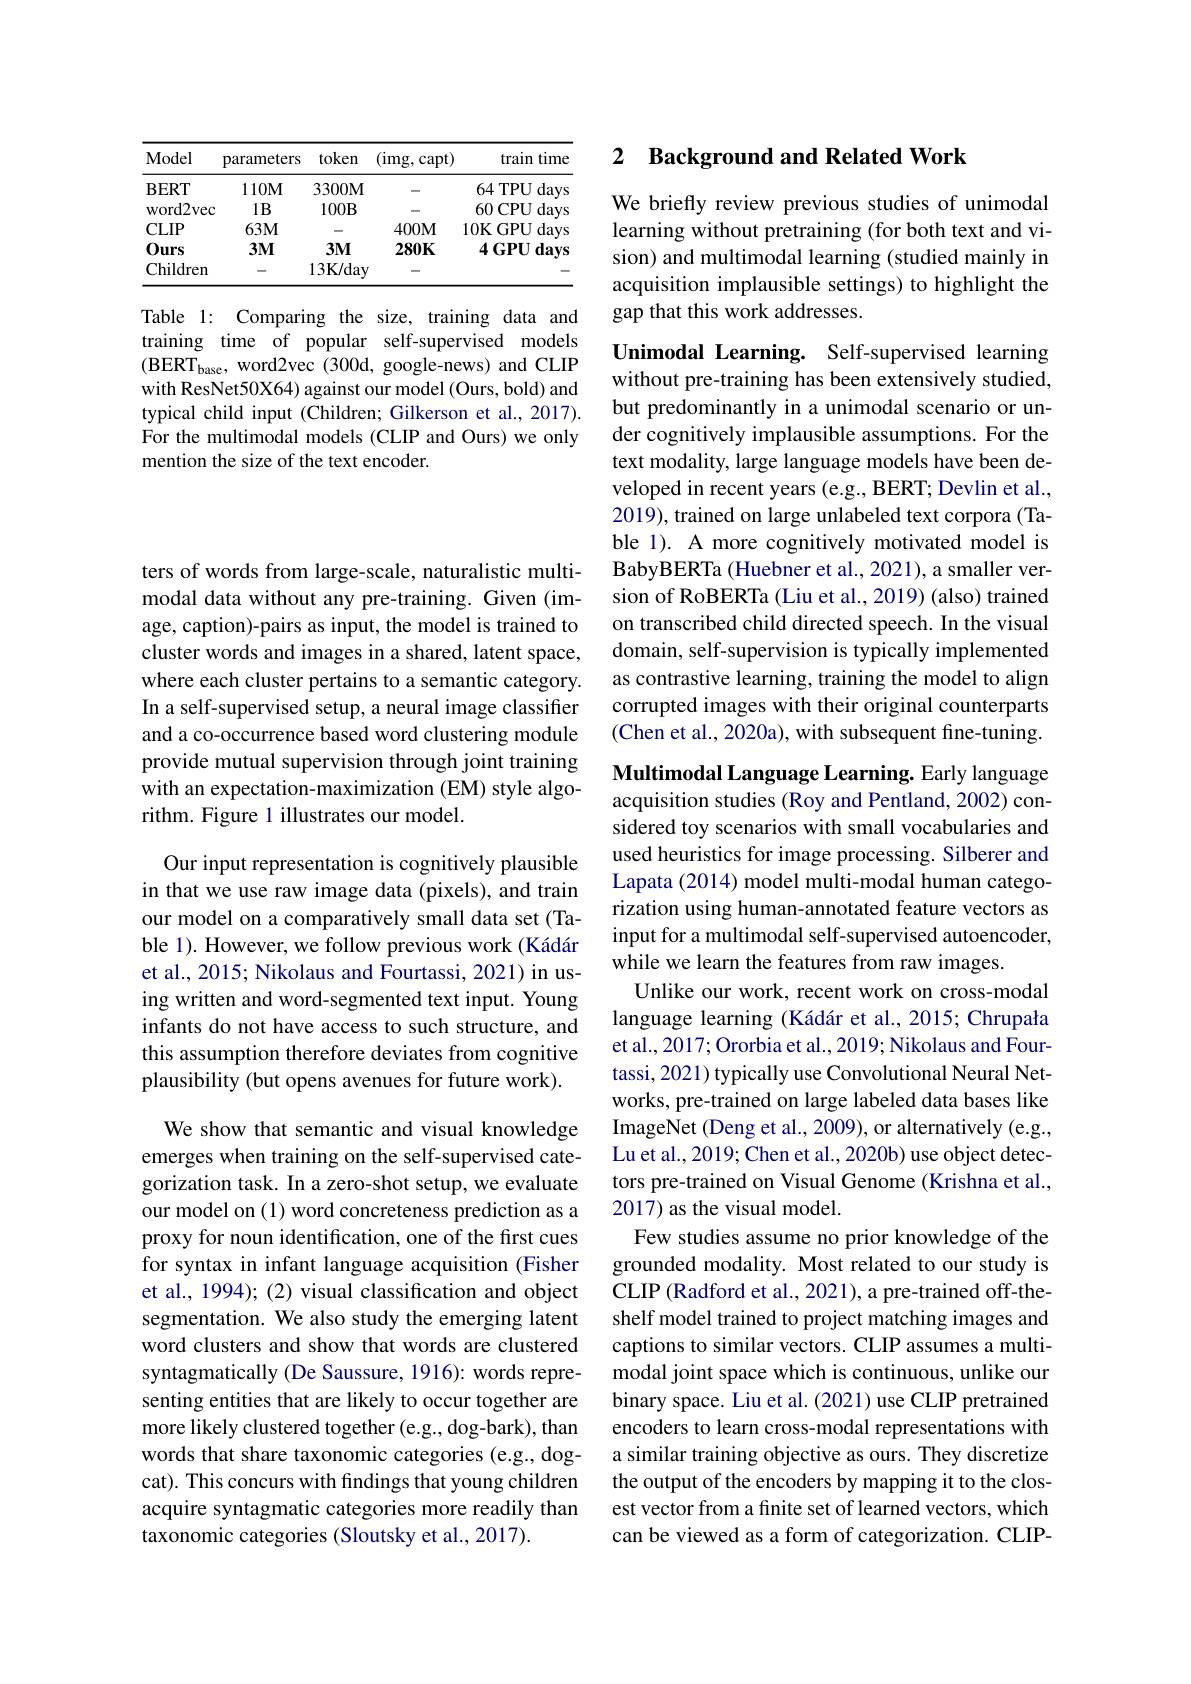
<table>
	<tbody>
		<tr>
			<th>Model</th>
			<th>parameters</th>
			<th>token</th>
			<th>(img, capt)</th>
			<th>train time</th>
		</tr>
		<tr>
			<td>$\mathbf{BERT}$</td>
			<td>$110M$</td>
			<td>3300M</td>
			<td>-</td>
			<td>64TPU 64 days</td>
		</tr>
		<tr>
			<td>word2vec</td>
			<td>$1B$</td>
			<td>$100B$</td>
			<td> </td>
			<td>60CPU days</td>
		</tr>
		<tr>
			<td>$CLIP$</td>
			<td>$63M$</td>
			<td>-</td>
			<td>$400M$</td>
			<td>10K $GPU$ days</td>
		</tr>
		<tr>
			<td>$0urs$</td>
			<td>$3M$</td>
			<td>$3M$</td>
			<td>$280K$</td>
			<td>$4GPU$ days</td>
		</tr>
		<tr>
			<td>Children</td>
			<td> </td>
			<td>$13\mathbf{K}/$day</td>
			<td> </td>
			<td> </td>
		</tr>
	</tbody>
</table>

Table 1: Comparing the size, training data and training time of popular self-supervised models $(\mathrm{BERT}_{\mathrm{base}}$,word2vec(300d, google-news)and CLIP with ResNet50X64) against our model (Ours, bold) and typical child input (Children; Gilkerson et al., 2017). For the multimodal models (CLIP and Ours) we only mention the size of the text encoder.

ters of words from large-scale, naturalistic multimodal data without any pre-training. Given (image, caption)-pairs as input, the model is trained to cluster words and images in a shared, latent space, where each cluster pertains to a semantic category. In a self-supervised setup, a neural image classifier and a co-occurrence based word clustering module provide mutual supervision through joint training with an expectation-maximization (EM) style algorithm. Figure 1 illustrates our model.

Our input representation is cognitively plausible in that we use raw image data (pixels), and train our model on a comparatively small data set (Table 1). However, we follow previous work (Kádár et al., 2015; Nikolaus and Fourtassi, 2021) in using written and word-segmented text input. Young infants do not have access to such structure, and this assumption therefore deviates from cognitive plausibility (but opens avenues for future work).

We show that semantic and visual knowledge emerges when training on the self-supervised categorization task. In a zero-shot setup, we evaluate our model on (1) word concreteness prediction as a proxy for noun identification, one of the first cues for syntax in infant language acquisition (Fisher et al., 1994); (2) visual classification and object segmentation. We also study the emerging latent word clusters and show that words are clustered syntagmatically (De Saussure, 1916): words representing entities that are likely to occur together are more likely clustered together (e.g., dog-bark), than words that share taxonomic categories (e.g., dogcat). This concurs with findings that young children acquire syntagmatic categories more readily than taxonomic categories (Sloutsky et al., 2017).

### 2 Background and Related Work

We briefly review previous studies of unimodal learning without pretraining (for both text and vision) and multimodal learning (studied mainly in acquisition implausible settings) to highlight the gap that this work addresses.

Unimodal Learning. Self-supervised learning without pre-training has been extensively studied, but predominantly in a unimodal scenario or under cognitively implausible assumptions. For the text modality, large language models have been developed in recent years (e.g., BERT; Devlin et al., 2019), trained on large unlabeled text corpora (Table 1). A more cognitively motivated model is BabyBERTa (Huebner et al., 2021), a smaller version of RoBERTa (Liu et al., 2019) (also) trained on transcribed child directed speech. In the visual domain, self-supervision is typically implemented as contrastive learning, training the model to align corrupted images with their original counterparts (Chen et al., 2020a), with subsequent fine-tuning.

Multimodal Language Learning. Early language acquisition studies (Roy and Pentland, 2002) considered toy scenarios with small vocabularies and used heuristics for image processing. Silberer and Lapata (2014) model multi-modal human categorization using human-annotated feature vectors as input for a multimodal self-supervised autoencoder, while we learn the features from raw images.
Unlike our work, recent work on cross-modal language learning (Kádár et al., 2015; Chrupała et al., 2017; Ororbia et al., 2019; Nikolaus and Fourtassi, 2021) typically use Convolutional Neural Networks, pre-trained on large labeled data bases like ImageNet (Deng et al., 2009), or alternatively (e.g., Lu et al., 2019; Chen et al., 2020b) use object detectors pre-trained on Visual Genome (Krishna et al., 2017) as the visual model.
Few studies assume no prior knowledge of the grounded modality. Most related to our study is CLIP ( Radford et al. , 2021) , a pre- trained off- the- shelf model trained to project matching images and captions to similar vectors. CLIP assumes a multimodal joint space which is continuous, unlike our binary space. Liu et al. (2021) use CLIP pretrained encoders to learn cross-modal representations with a similar training objective as ours. They discretize the output of the encoders by mapping it to the closest vector from a finite set of learned vectors, which can be viewed as a form of categorization. CLIP-